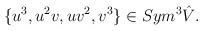
LaTeX: \begin{align*}\{u^{3}, u^{2}v, uv^{2}, v^{3} \}\in Sym^{3}\hat{V}.\end{align*}